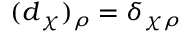
( \boldsymbol { d } _ { \chi } ) _ { \rho } = \delta _ { \chi \rho }